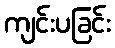
ကျင်းပခြင်း